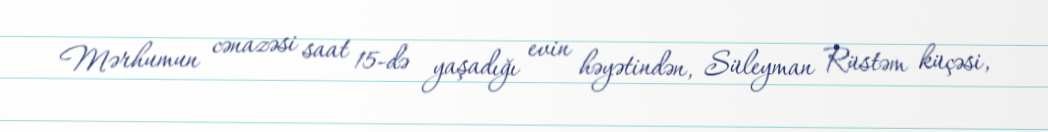
Mərhumun cənazəsi saat 15-də yaşadığı evin həyətindən, Süleyman Rüstəm küçəsi,